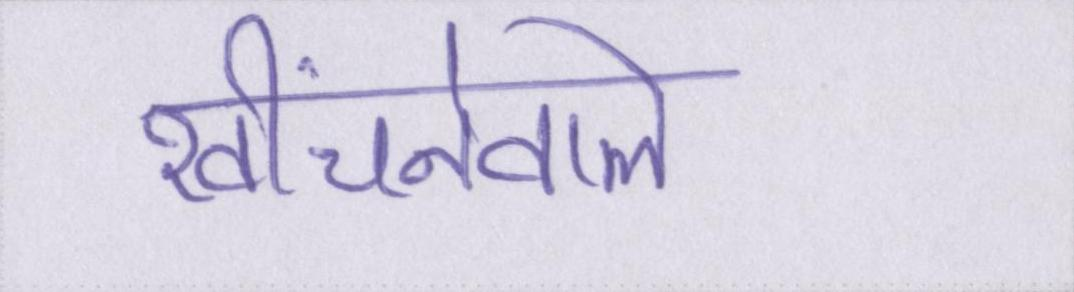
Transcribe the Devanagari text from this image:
खींचनेवाले